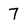
Character: 7